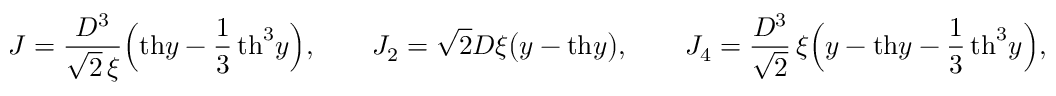
\begin{array} { l } { \displaystyle { J = \frac { D ^ { 3 } } { \sqrt { 2 } \, \xi } \Big ( \mathrm { t h } y - \frac { 1 } { 3 } \, \mathrm { t h } ^ { 3 } y \Big ) , \qquad J _ { 2 } = \sqrt { 2 } D \xi \big ( y - \mathrm { t h } y \big ) , \qquad J _ { 4 } = \frac { D ^ { 3 } } { \sqrt { 2 } } \, \xi \Big ( y - \mathrm { t h } y - \frac { 1 } { 3 } \, \mathrm { t h } ^ { 3 } y \Big ) , } } \end{array}